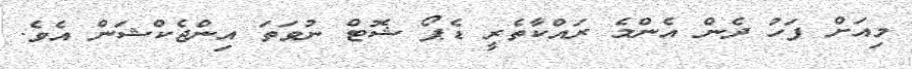
މިއަށް ފަހު ދެން އެންމެ ރައްކާތެރީ ޑެޕޯ ޝޮޓް ނުވަތަ އިންޖެކްޝަން އެވެ.